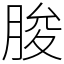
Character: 朘